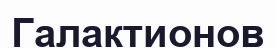
Галактионов